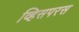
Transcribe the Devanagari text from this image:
व्हिसपरस